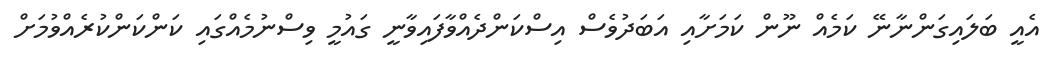
އެއީ ބަލައިގަންނާނޭ ކަމެއް ނޫން ކަމަށާއި އަބަދުވެސް އިސްކަންދެއްވާފައިވާނީ ގައުމީ ވިސްނުމެއްގައި ކަންކަންކުރެއްވުމަށް